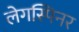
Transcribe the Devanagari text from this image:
लेगस्पिनर